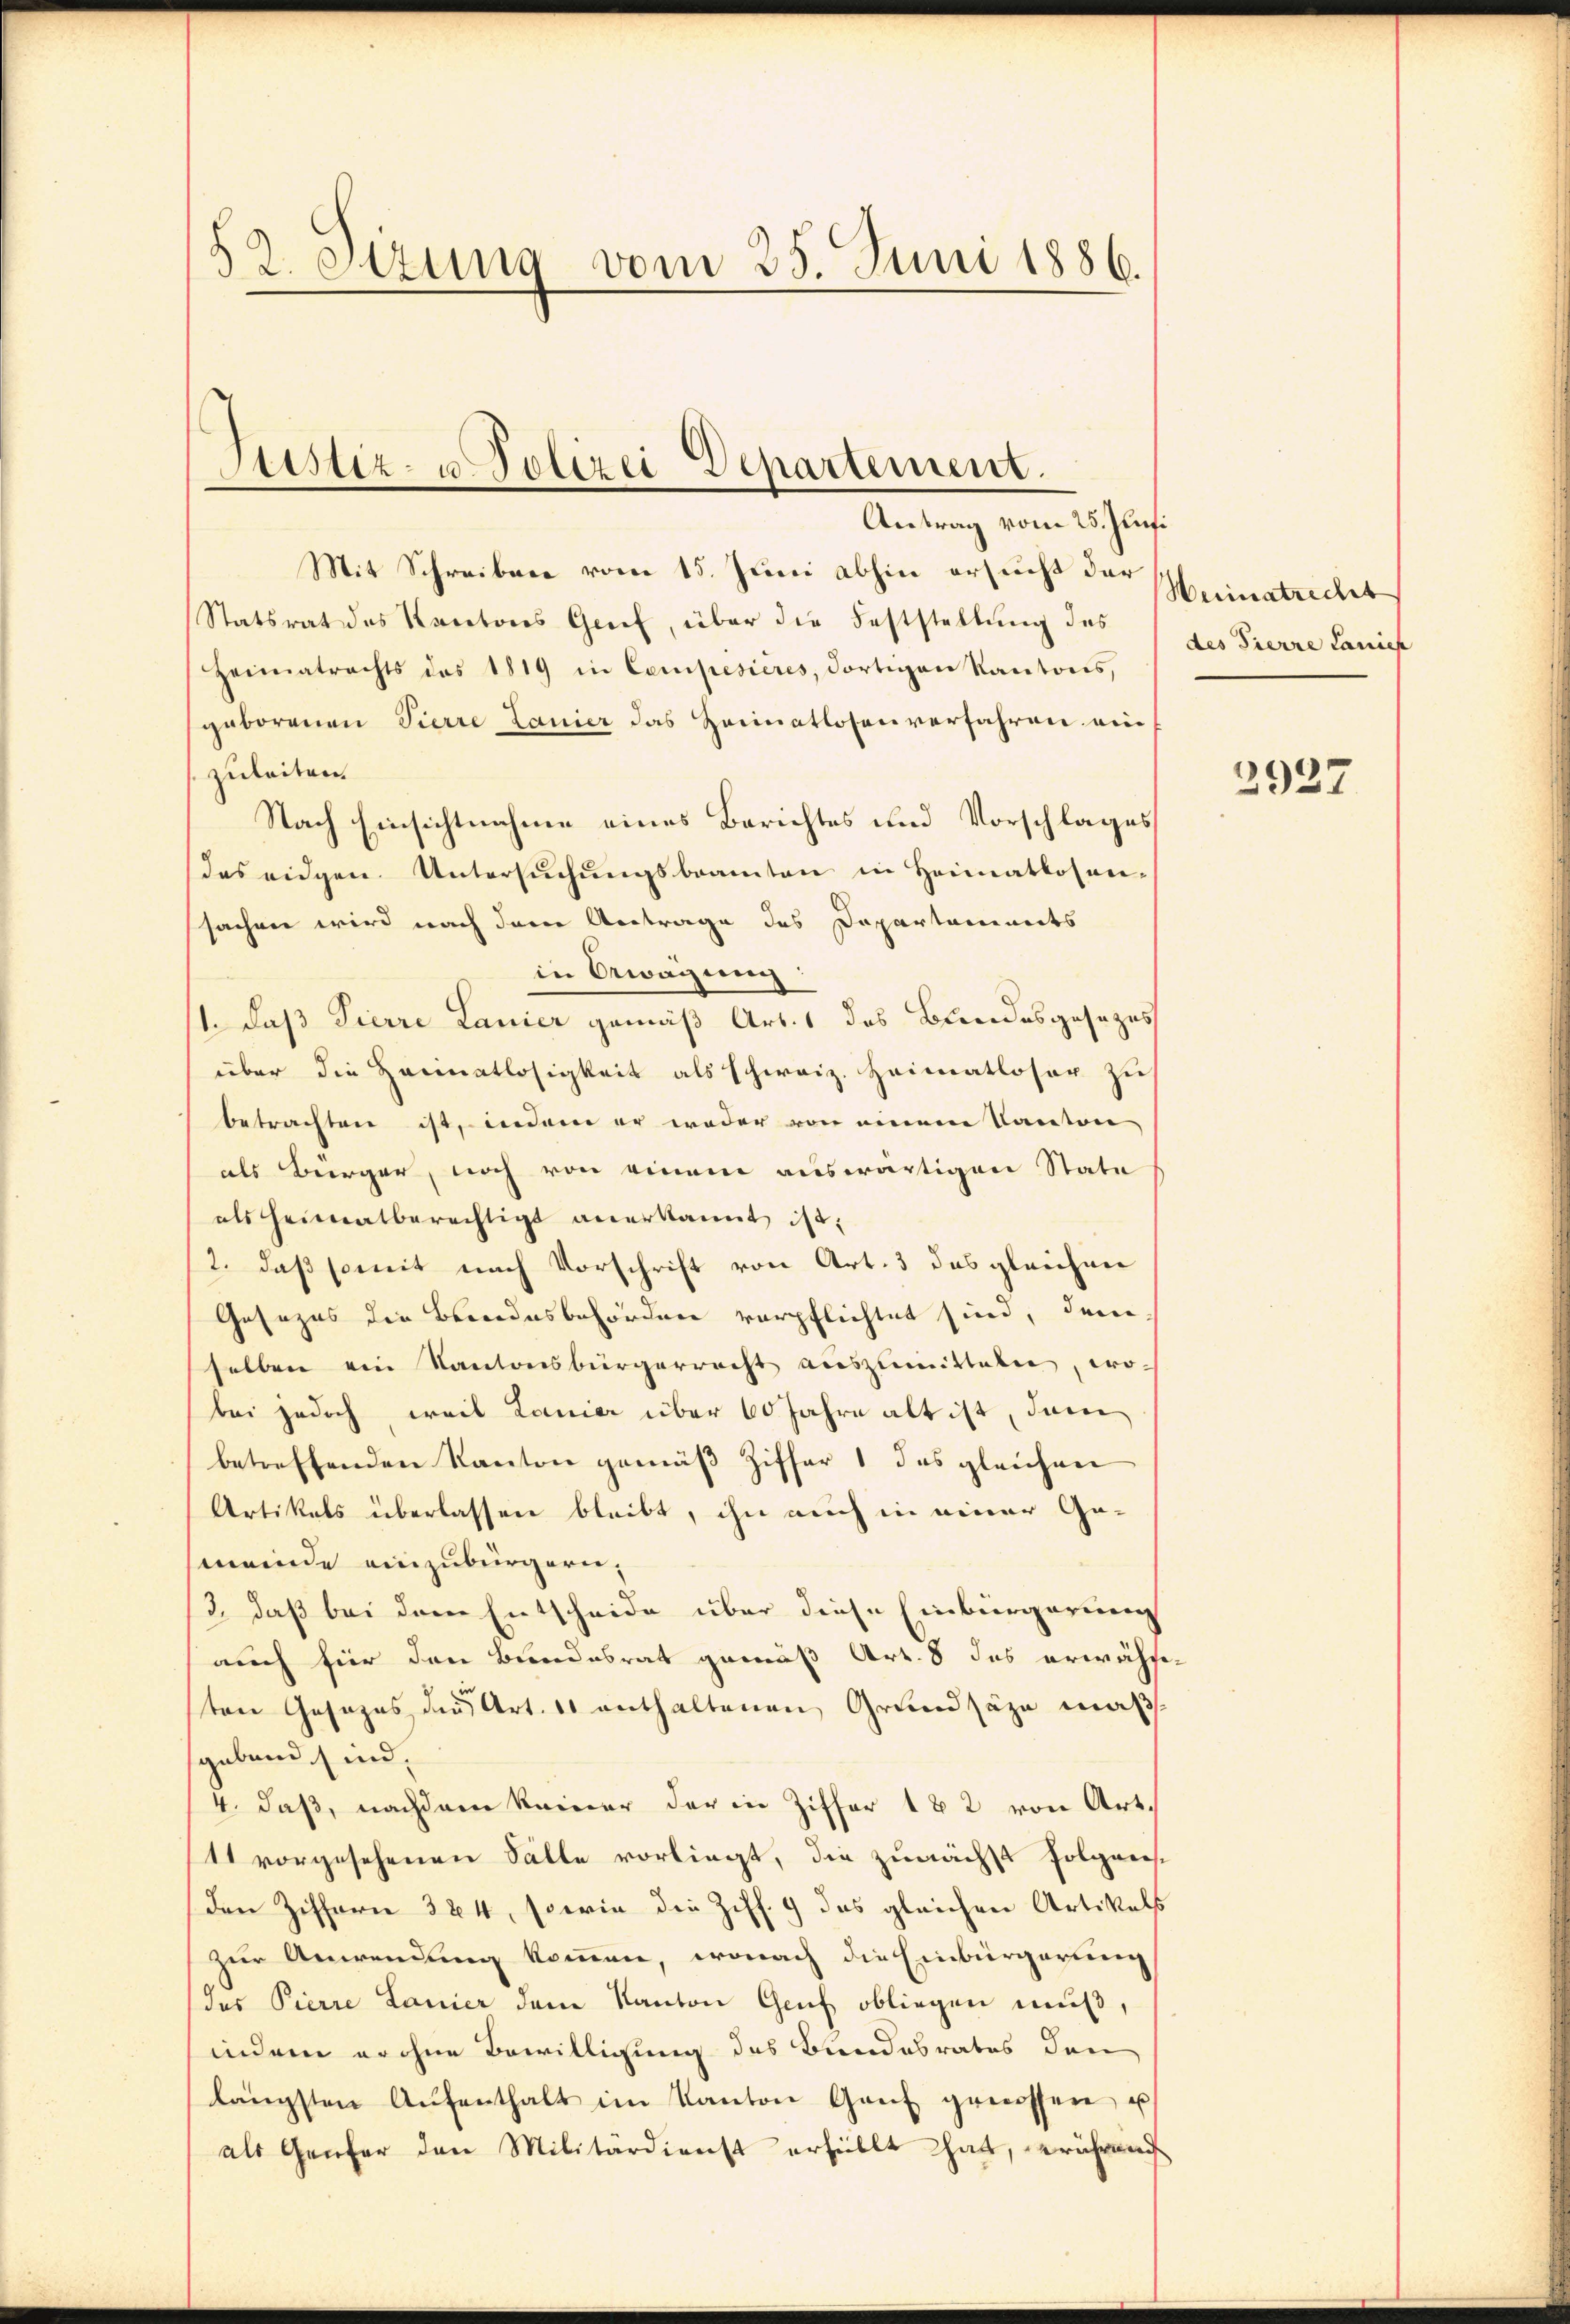
82. Sizung vom 25. Juni 1886.

Stistiz- u Polizei Departement.
n
Antrag vom 25. Juni

Mit Schreiben vom 15. Juni abhin ersucht der
Statsrat des Kantons Genf, über die Feststellung des
Heimatrachts des 1819 in Compesieres, dortigen Kantons,
gaborenen Pierre Lanier das Heimatlosen verfahren ein
zuleiten.
Nach Einsichtnahme eines Berichtes und Vorschlages
Das eidgen. Untersuchungsbeamten in Heimatlosen-
sachen wird nach dere Antrage des Departaminets
in Erwägung
1. daß Pierre Lanier gemäß Art. 1 des Bundesgesezes
über die Heimatlosigkeit als schweiz. Heimatloser zu
betrachten ist, indem er weder von einem Kanton
als Bürger, noch von einem auswärtigen State
als heimatberechtigt anerkannt ist.
2. daß somit nach Vorschrift von Art. 3 das gleichen
Gesezes die Beendesbehörden verpflichtet sind, dem
selben ein Kantonsbürgerrecht auszumitteln, wo-
bei jedoch, weil Lanier über 60 Jahre alt ist, dem
betreffenden Kanton gemäß Ziffer 1 des gleichen
Artikels überlassen bleibt, ihn auch in einer Gemeinde einzubürgern,
3., daß bei dem Entscheide über diese Einbürgerung
auch für den Bundesrat gemäß Art. 8 das erwähten Gesezes der Art. 11 enthaltenen Grundsätze mäß
sgabend sind,
4. daß, nachdem keiner der in Ziffer 182 von Art.
11 vorgesehenen Fälle vorliegt, die zunächst folgens-
Den Ziffern 324, sowie die Ziff. 9 das gleichen Artikels
zur Anwendung kommen, wonach die Einbürgerung
des Pierre Lanier dem Kanton Gruf obliegen muß,
indem er ohne Bewilligung des Bundesrates den
längsten Aŭfenthalt im Kanton Genf gewissen u
als Genfer den Militärdienst erfüllt hat, rührend

Weimatrecht
des Tierre Lanies

2927